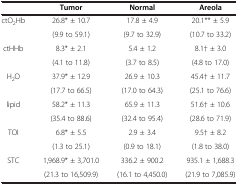
<table><thead><tr><td><b> </b></td><td><b>Tumor</b></td><td><b>Normal</b></td><td><b>Areola</b></td></tr></thead><tbody><tr><td rowspan="2">ctO<sub>2</sub>Hb</td><td>26.8* ± 10.7</td><td>17.8 ± 4.9</td><td>20.1** ± 5.9</td></tr><tr><td>(9.9 to 59.1)</td><td>(9.7 to 32.9)</td><td>(10.7 to 33.2)</td></tr><tr><td rowspan="2">ctHHb</td><td>8.3* ± 2.1</td><td>5.4 ± 1.2</td><td>8.1† ± 3.0</td></tr><tr><td>(4.1 to 11.8)</td><td>(3.7 to 8.5)</td><td>(4.8 to 17.0)</td></tr><tr><td rowspan="2">H<sub>2</sub>O</td><td>37.9* ± 12.9</td><td>26.9 ± 10.3</td><td>45.4† ± 11.7</td></tr><tr><td>(17.7 to 66.5)</td><td>(17.0 to 64.3)</td><td>(25.1 to 76.6)</td></tr><tr><td rowspan="2">lipid</td><td>58.2* ± 11.3</td><td>65.9 ± 11.3</td><td>51.6† ± 10.6</td></tr><tr><td>(35.4 to 88.6)</td><td>(32.4 to 95.4)</td><td>(28.6 to 71.9)</td></tr><tr><td rowspan="2">TOI</td><td>6.8* ± 5.5</td><td>2.9 ± 3.4</td><td>9.5† ± 8.2</td></tr><tr><td>(1.3 to 25.1)</td><td>(0.9 to 18.1)</td><td>(1.8 to 38.0)</td></tr><tr><td rowspan="2">STC</td><td>1,968.9* ± 3,701.0</td><td>336.2 ± 900.2</td><td>935.1 ± 1,688.3</td></tr><tr><td>(21.3 to 16,509.9)</td><td>(16.1 to 4,450.0)</td><td>(21.9 to 7,085.9)</td></tr></tbody></table>